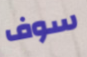
سوف